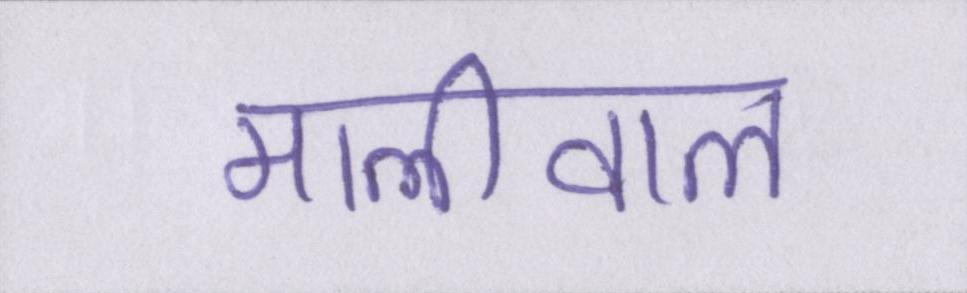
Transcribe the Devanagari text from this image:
मालीवाल